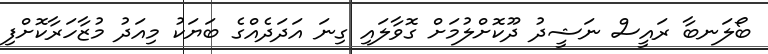
ބޯލަނބާ ރައީސް ނަޝީދު ދޫކޮށްލުމަށް ގޮވާލައި ގިނަ އަދަދެއްގެ ބަޔަކު މިއަދު މުޒާހަރާކޮށްފި